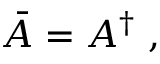
\bar { A } = A ^ { \dagger } \, \, ,